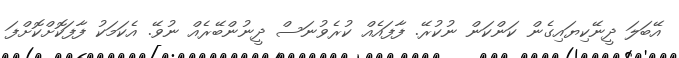
އޭބަލަ ދީނޭކިޔައިގެން ކަންކަން ނުކުރޭ. ފާފައެއް ކުރެވުނަސް ދީނުންބޭރެއް ނުވޭ. އެކަމަކު ފާފަކޮށްކޮށްފަ